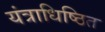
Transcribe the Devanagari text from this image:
यंत्राधिष्ठित